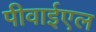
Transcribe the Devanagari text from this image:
पीवाईएल